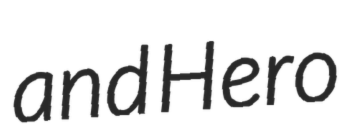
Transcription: and Hero